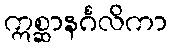
ဣစ္ဆာနင်္ဂလိကာ